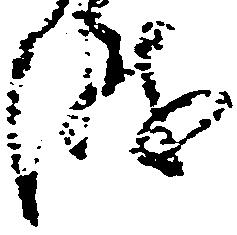
越